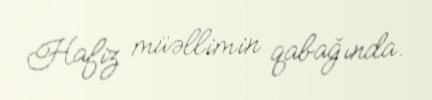
Hafiz müəllimin qabağında.